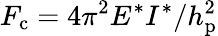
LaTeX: F_{\mathrm{c}}=4\pi^{2}E^{*}I^{*}/h_{\mathrm{p}}^{2}